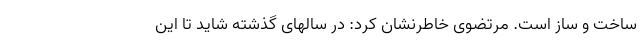
ساخت و ساز است. مرتضوی خاطرنشان کرد: در سالهای گذشته شاید تا این